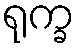
ရုက္ခ